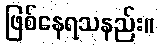
ဖြစ်နေရသနည်း။